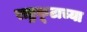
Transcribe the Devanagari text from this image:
राष्ट्रकूटाच्या